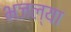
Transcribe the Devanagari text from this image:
भजल्या